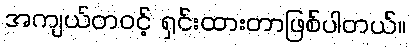
အကျယ်တဝင့် ရှင်းထားတာဖြစ်ပါတယ်။